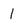
Character: 1